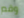
وقم